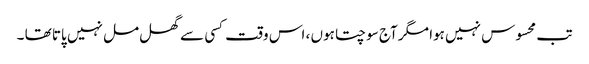
تب محسوس نہیں ہوا مگر آج سوچتا ہوں ، اس وقت کسی سے گھل مل نہیں پاتا تھا ۔